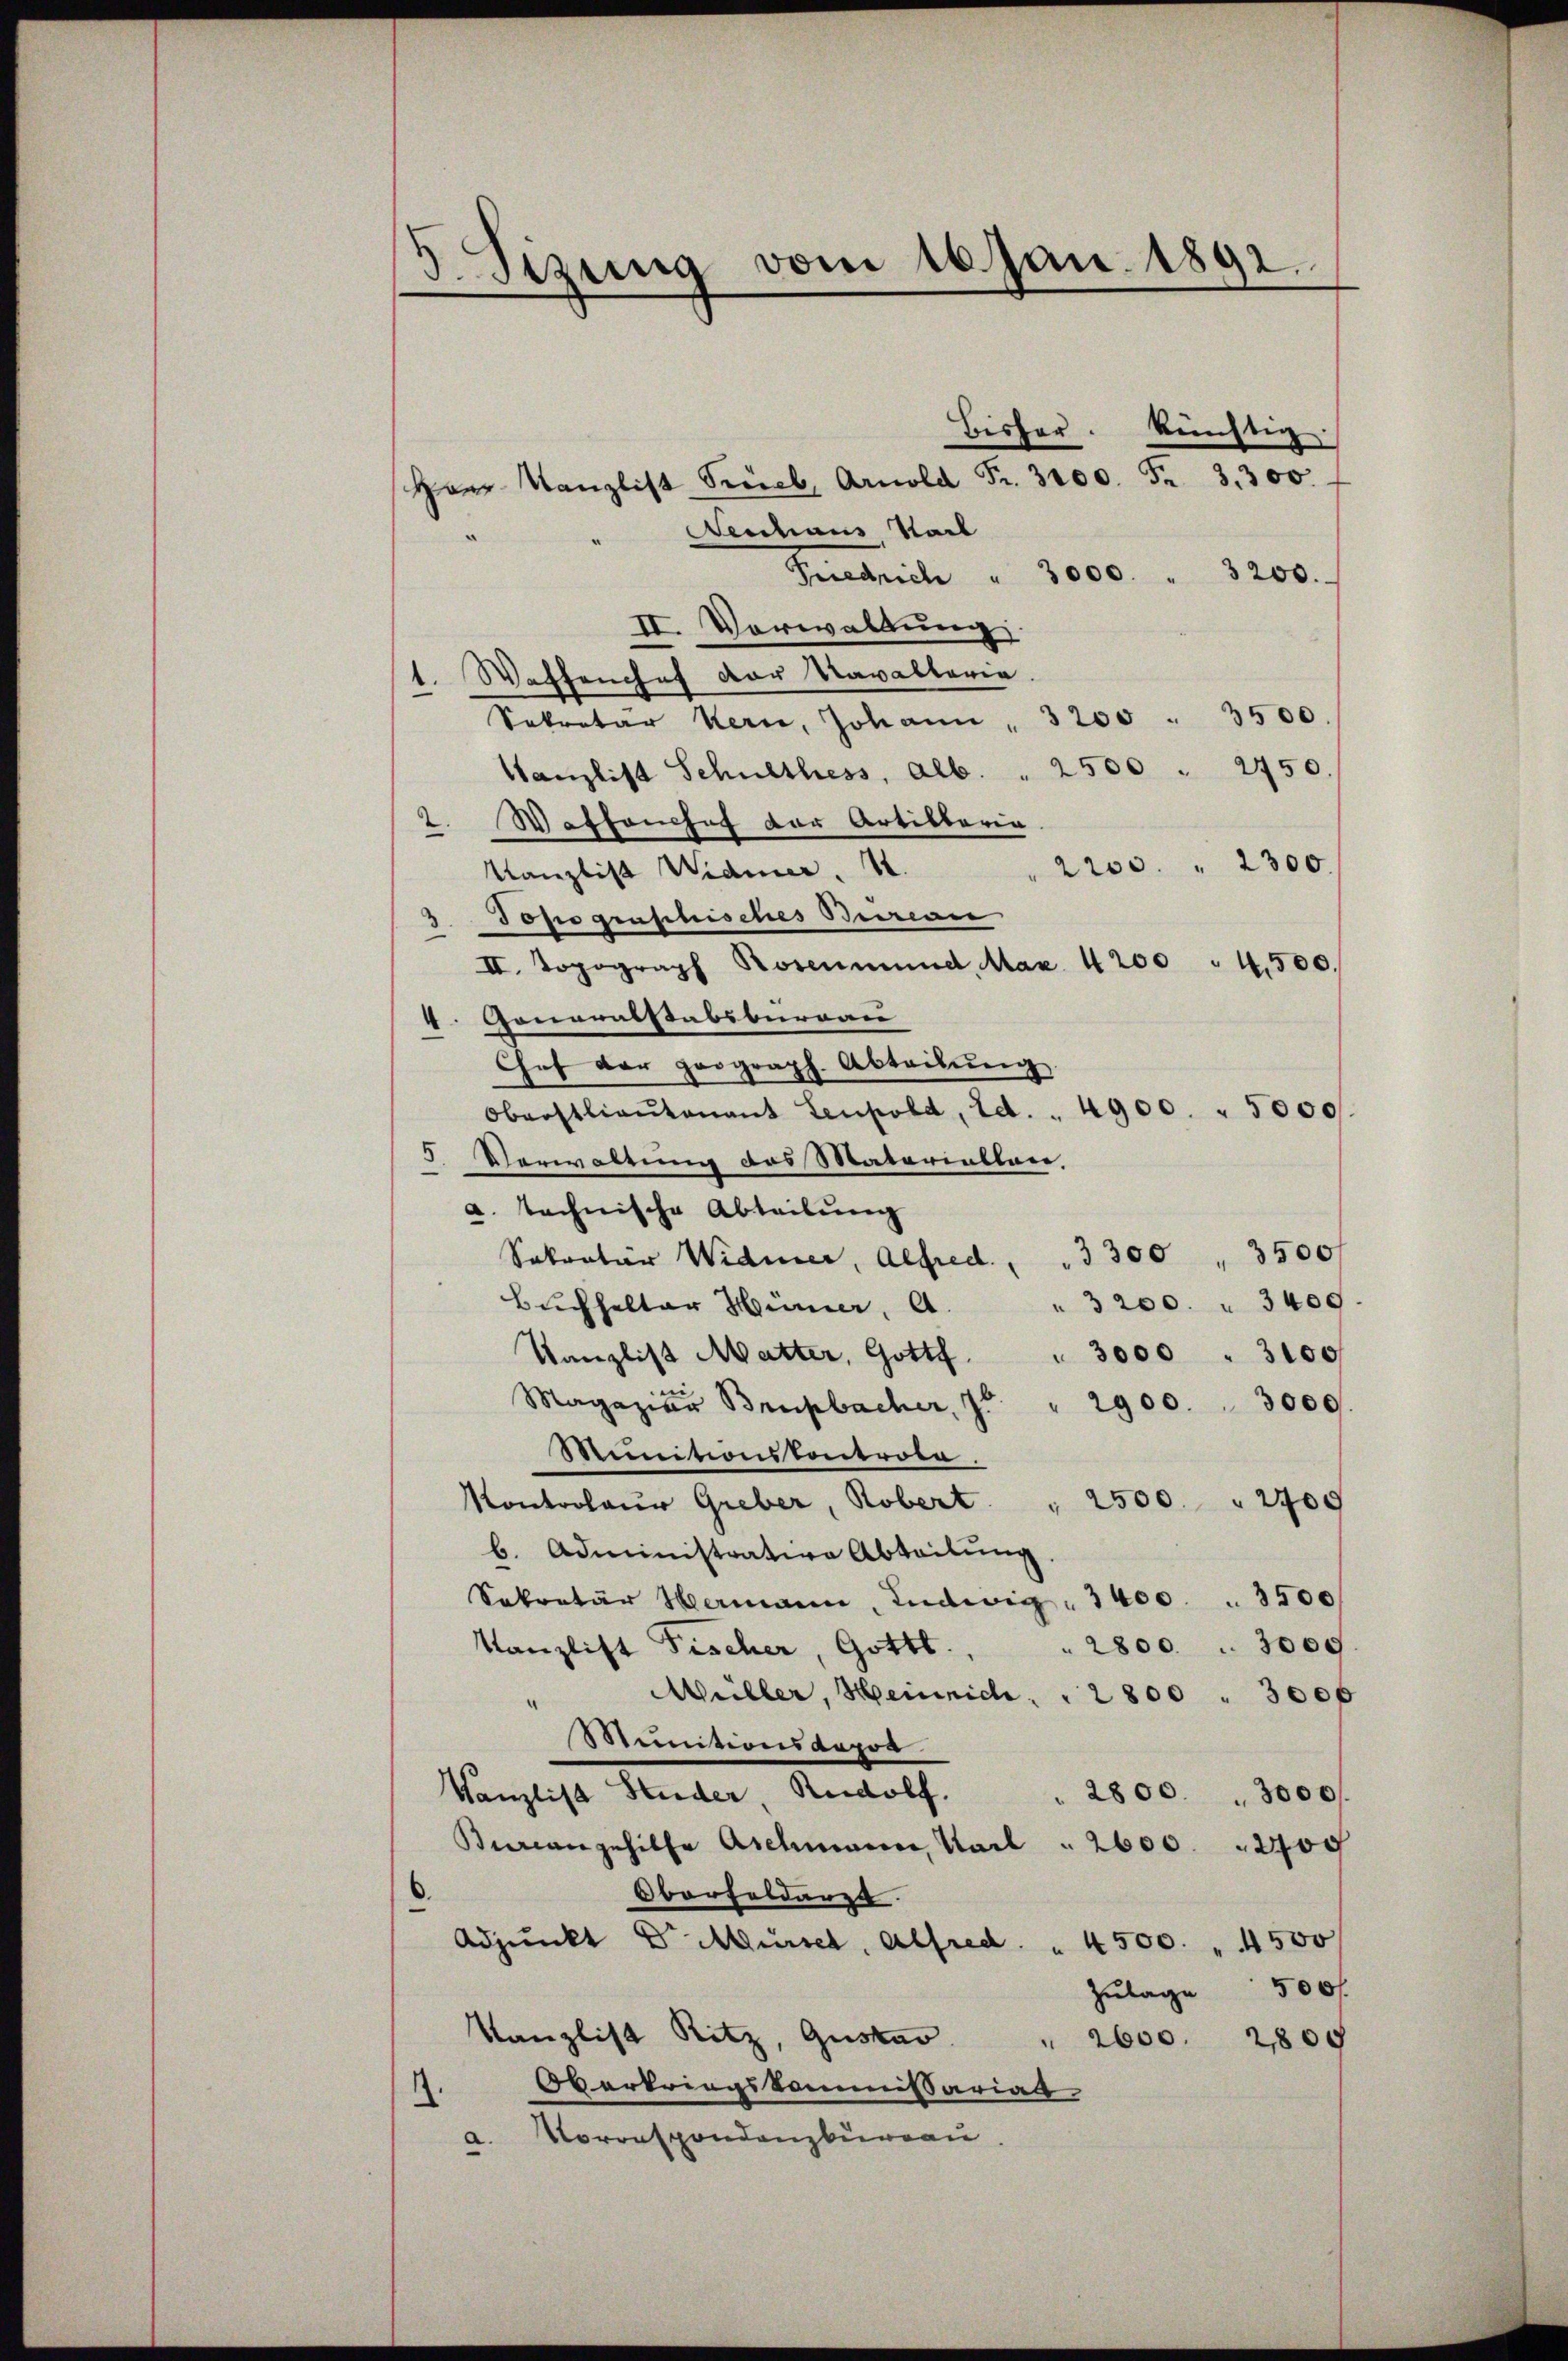
vom 16. Jan. 1891.
d. Sizung

Bisher künftig.

Herr Kanzlist Trieb, Arnold Fr. 3100. Fr. 3. 300.
eschaus Sach
Friedrich " 3000. " 3200.
II. Vorwaltung.
Waffenchef der Navaltaria
¬
Sekretar Kern, Johann . 3200 " 3500.
Kanzlist Schulthess, alb. . 2500 " 2450.
Waffenchef der Artillaria
2200 " 2300.
Kanzlist Widmer. 1.
3. Topographisches Bewan
II. Topograph Rosenmund. Max 4200 " 4,500.
4. Generalstabsburgau
Chef der prograph. Abteilŭng
Oberstlieutenant Lenpold, Ed. . 4900. " 5000.
5. Verwaltung des Materiallai
a. technische Abteilung
Sokrator Widmer, Alfred " " 300 " 3500 f
" 3200. " 3400.
Buchhalter Hüner, A.
Kanzlist Mutter, Gottf. " 3000 " 3100
i
Magazier Brupbacher, 7. " 2900. 3000
Miinitionskontrole.
Kontroleur Greber, Robert. " 2500 " 2709
b. Administrative Abteilung
Sekretär Hermann, Ludwig " 3400 " 3500
2800 " 3000.
Kanzlist Fischer, Gottl.
Müller, Heinrich,
2800 " 3000
Munitionsdapor
Kanzlist Studer, Rudolf.
2800. 3000/
Bureangehilfe Aschmann, Karl "  2600.
2700
Oberfeldarzt.
Adjunkt Dr. Müssel, Alfred " 4500. " 4500
Zulage 500 f
Kanzlist Ritz, Gustar
2600. 2809
Oberkriegskommissarial
1.
a. Vorrespondenzbureau